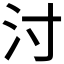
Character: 𰛇